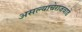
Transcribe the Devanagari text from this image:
असल्याचेराजवाडे